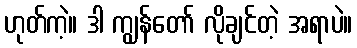
ဟုတ်ကဲ့။ ဒါ ကျွန်တော် လိုချင်တဲ့ အရာပဲ။